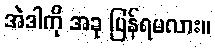
အဲဒါကို အခု ပြန်ရမလား။